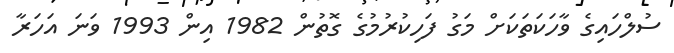
ސުލްހައިގެ ވާހަކަތަކަށް މަގު ފަހިކުރުމުގެ ގޮތުން 1982 އިން 1993 ވަނަ އަހަރާ